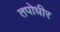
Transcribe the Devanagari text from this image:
तपोधीर